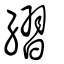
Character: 䌌